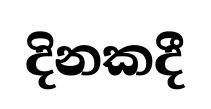
දිනකදී